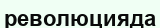
революцияда